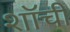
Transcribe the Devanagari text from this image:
शॉची